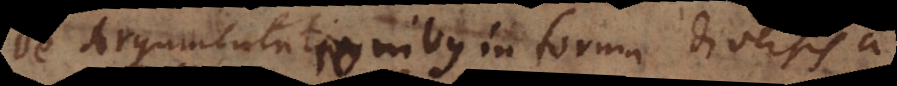
De Argumentationibus in forma diversis a